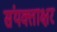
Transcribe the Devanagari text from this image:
संयक्ताक्षर